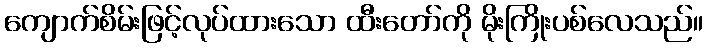
ကျောက်စိမ်းဖြင့်လုပ်ထားသော ထီးတော်ကို မိုးကြိုးပစ်လေသည်။